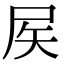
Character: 𡱁